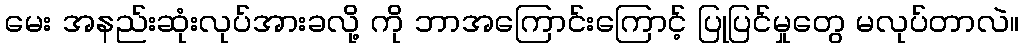
မေး အနည်းဆုံးလုပ်အားခလို့ ကို ဘာအကြောင်းကြောင့် ပြုပြင်မှုတွေ မလုပ်တာလဲ။